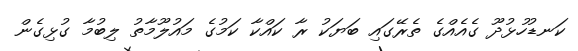
ކަނޑުހުޅުދޫ ގެއެއްގެ ތެރޭގައި ބަޔަކު ރާ ކައްކާ ކަމުގެ މައުލޫމާތު ލިބުމާ ގުޅިގެން